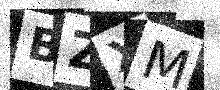
Text: BZXM